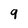
Character: 9